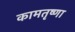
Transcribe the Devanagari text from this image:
कामतृष्णा